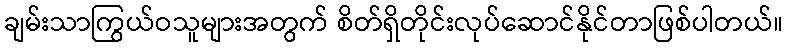
ချမ်းသာကြွယ်ဝသူများအတွက် စိတ်ရှိတိုင်းလုပ်ဆောင်နိုင်တာဖြစ်ပါတယ်။